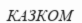
КАЗКОМ